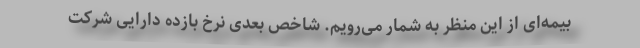
بیمه‌ای از این منظر به شمار می‌رویم. شاخص بعدی نرخ بازده دارایی شرکت